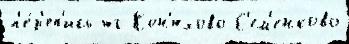
п'е́р'еп'ись юг Кон'юхово С'ем'енково